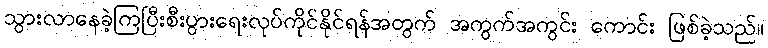
သွားလာနေခဲ့ကြပြီးစီးပွားရေးလုပ်ကိုင်နိုင်ရန်အတွက် အကွက်အကွင်း ကောင်း ဖြစ်ခဲ့သည်။